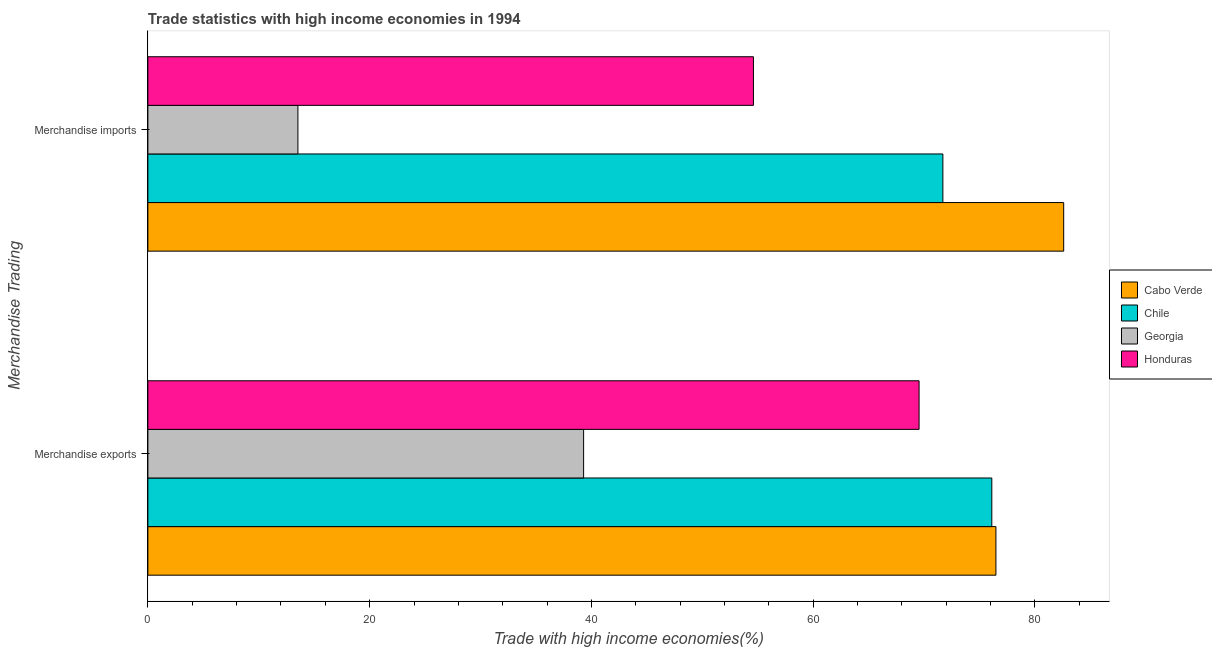
| Merchandise Trading | Cabo Verde | Chile | Georgia | Honduras |
 | --- | --- | --- | --- | --- |
 | Merchandise exports | 76.5 | 76.1 | 39.3 | 69.5 |
 | Merchandise imports | 82.6 | 71.7 | 13.5 | 54.6 |